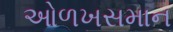
ઓળખસમાન